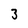
Character: 3